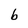
Character: b